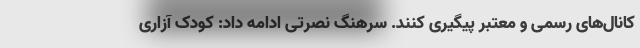
کانال‌های رسمی و معتبر پیگیری کنند. سرهنگ نصرتی ادامه داد: کودک آزاری